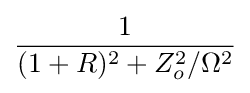
{\frac {1}{(1+R)^{2}+Z_{o}^{2}/\Omega ^{2}}}